Report of the veterinary officer investigating camel disease
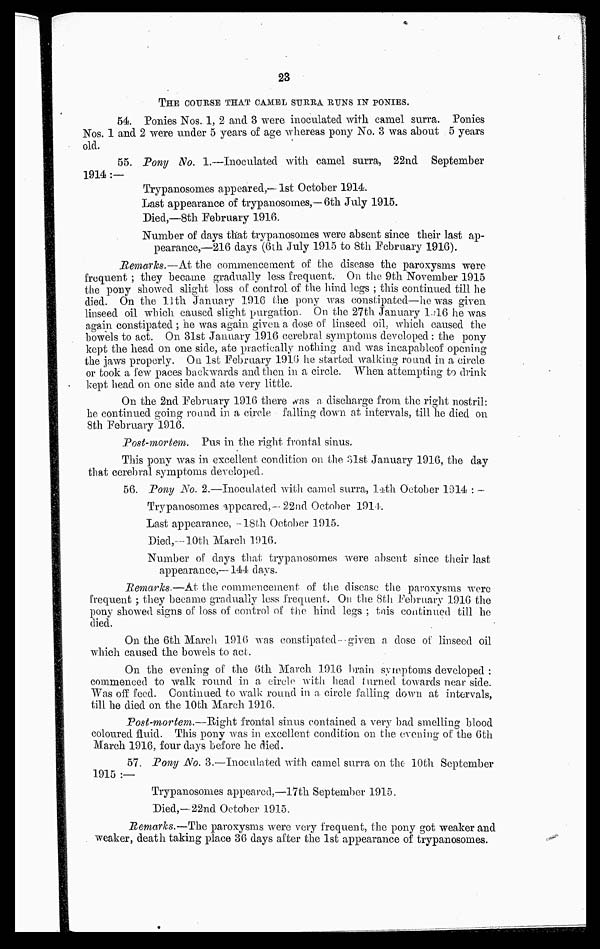
23
THE COURSE THAT CAMEL SURRA RUNS IN PONIES.
54. Ponies Nos. 1, 2 and 3 were inoculated with camel surra. Ponies
Nos. 1 and 2 were under 5 years of age whereas pony No. 3 was about 5 years
old.
55. Pony No. 1.—Inoculated with camel surra, 22nd September
1914 :—
Trypanosomes appeared,— 1st October 1914.
Last appearance of trypanosomes,—6th July 1915.
Died,—8th February 1916.
Number of days that trypanosomes were absent since their last ap-
pearance,—216 days (6th July 1915 to 8th February 1916).
Remarks.—At the commencement of the disease the paroxysms were
frequent ; they became gradually less frequent. On the 9th November 1915
the pony showed slight loss of control of the hind legs ; this continued till he
died. On the 11th January 1916 the pony was constipated—he was given
linseed oil which caused slight purgation. On the 27th January 1916 he was
again constipated ; he was again given a dose of linseed oil, which caused the
bowels to act. On 31st January 1916 cerebral symptoms developed : the pony
kept the head on one side, ate practically nothing and was incapable of opening
the jaws properly. On 1st February 1916 he started walking round in a circle
or took a few paces backwards and then in a circle. When attempting to drink
kept head on one side and ate very little.
On the 2nd February 1916 there was a discharge from the right nostril:
he continued going round in a circle falling down at intervals, till he died on
8th February 1916.
Post-mortem. Pus in the right frontal sinus.
This pony was in excellent condition on the 31st January 1916, the day
that cerebral symptoms developed.
56. Pony No. 2.—Inoculated with camel surra, lath October 1914 : —
Trypanosomes appeared,— 22nd October 1911.
Last appearance, -18th October 1915.
Died,—10th March 1916.
Number of days that trypanosomes were absent since their last
appearance,—144 days.
Remarks.—At the commencement of the disease the paroxysms wore
frequent ; they became gradually less frequent. On the 8th February 1916 the
pony showed signs of loss of control of the hind legs ; tnis continued till he
died.
On the 6th March 1916 was constipated given a dose of linseed oil
which caused the bowels to act.
On the evening of the 6th March 1916 brain symptoms developed :
commenced to walk round in a circle with head turned towards near side.
Was off feed. Continued to walk round in a. circle falling down at intervals,
till he died on the 10th March 1916.
Post-mortem.—Right frontal sinus contained a very bad smelling blood
coloured fluid. This pony was in excellent condition on the evening of the 6th
March 1916, four days before he died.
57. Pony No. 3.—Inoculated with camel surra on the 10th September
1915 :—
Trypanosomes appeared,—17th September 1915.
Died,—22nd October 1915.
Remarks.—The paroxysms were very frequent, the pony got weaker and
weaker, death taking place 36 days after the 1st appearance of trypanosomes.